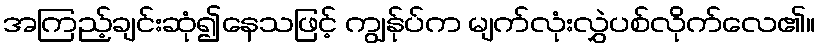
အကြည့်ချင်းဆုံ၍နေသဖြင့် ကျွန်ုပ်က မျက်လုံးလွှဲပစ်လိုက်လေ၏။